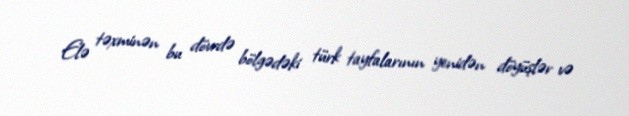
Elə təxminən bu dövrdə bölgədəki türk tayfalarının yenidən döyüşlər və